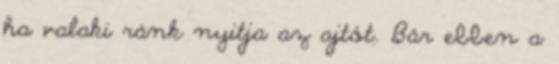
ha valaki ránk nyitja az ajtót. Bár ebben a